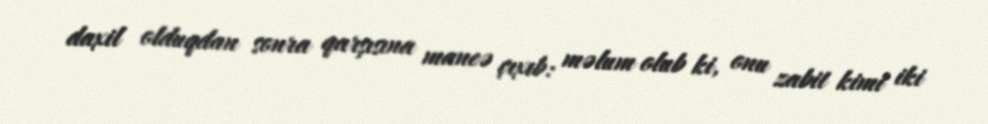
daxil olduqdan sonra qarşısına maneə çıxıb: məlum olub ki, onu zabit kimi iki